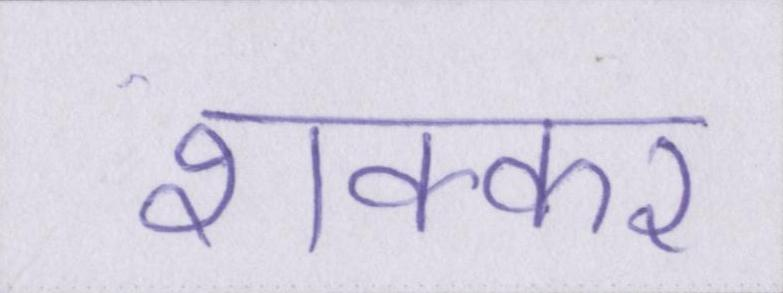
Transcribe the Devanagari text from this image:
शक्कर